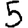
Digit: 5